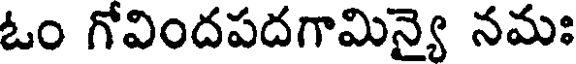
ఓం గోవిందపదగామిన్యై నమః